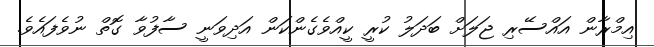
އިމްރާން އައްސޭރި ޖަލަށް ބަދަލު ކުރީ ކީއްވެގެންކަން އަދިވަނީ ސާފުވާ ގޮތް ނުވެފައެވެ.